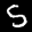
Label: 5